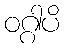
ဝဂ္ဂါပိ